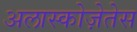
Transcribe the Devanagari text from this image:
अलास्कोज़ेतेस